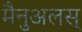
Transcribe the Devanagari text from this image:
मैनुअलस्